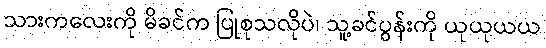
သားကလေးကို မိခင်က ပြုစုသလိုပဲ၊ သူ့ခင်ပွန်းကို ယုယုယယ